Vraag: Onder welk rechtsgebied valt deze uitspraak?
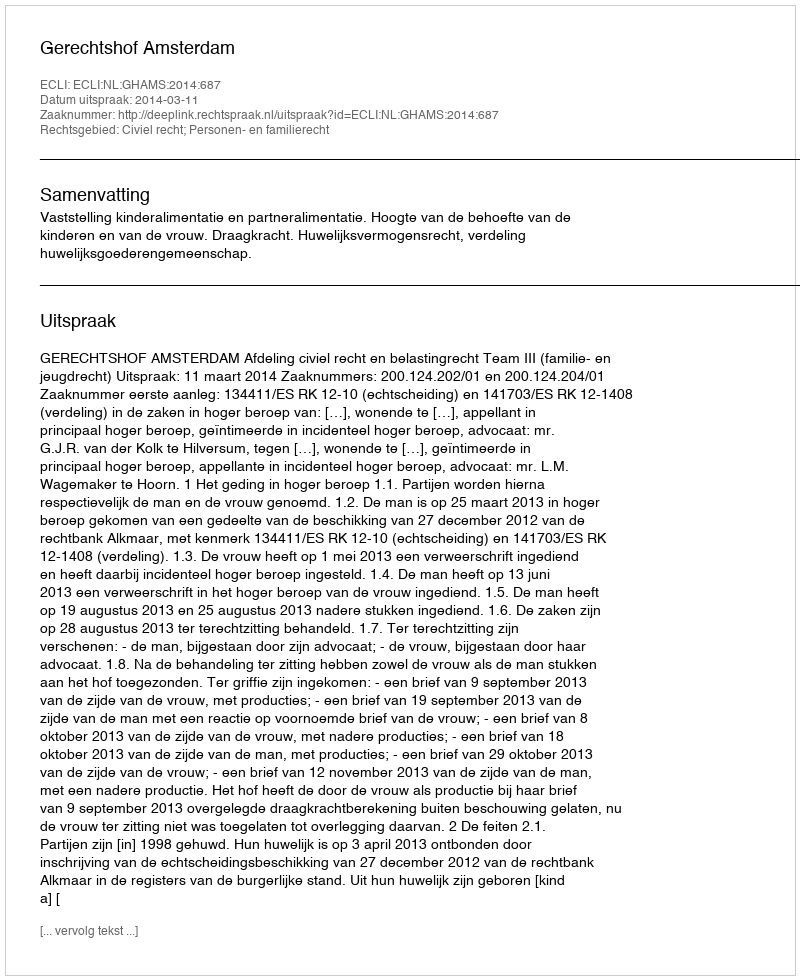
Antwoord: Civiel recht; Personen- en familierecht